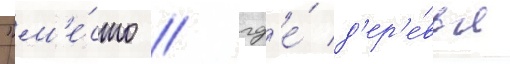
"м'е́сто / гд'е́ д'ер'е́вья